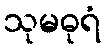
သုမဓုရံ